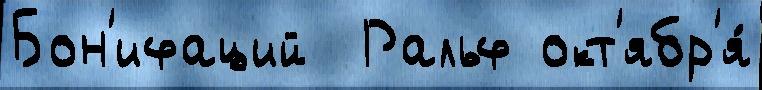
Бон'ифаций  Ральф окт'ябр'я́